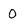
Character: 0